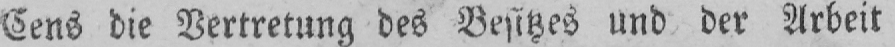
Cens die Vertretung des Besitzes und der Arbeit